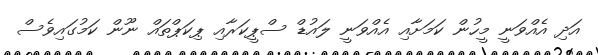
އަދި އެއްވަނީ މީހުން ކަމަށާއި އެއްވަނީ ލައުޑް ސްޕީކަރާއި ޕިކަޕްތައް ނޫން ކަމުގައިވެސް